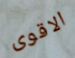
الاقوى